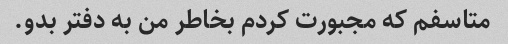
متاسفم که مجبورت کردم بخاطر من به دفتر بدو.